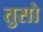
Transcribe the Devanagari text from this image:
तुसो